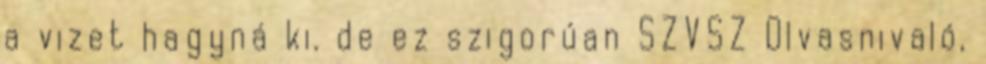
a vizet hagyná ki. de ez szigorúan SZVSZ Olvasnivaló,